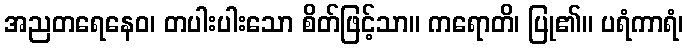
အညတရေနေဝ၊ တပါးပါးသော စိတ်ဖြင့်သာ။ ကရောတိ၊ ပြု၏။ ပရံကာရံ၊